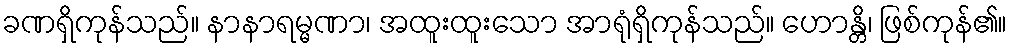
ခဏရှိကုန်သည်။ နာနာရမ္မဏာ၊ အထူးထူးသော အာရုံရှိကုန်သည်။ ဟောန္တိ၊ ဖြစ်ကုန်၏။